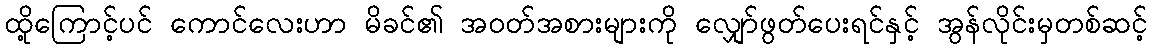
ထို့ကြောင့်ပင် ကောင်လေးဟာ မိခင်၏ အဝတ်အစားများကို လျှော်ဖွတ်ပေးရင်နှင့် အွန်လိုင်းမှတစ်ဆင့်